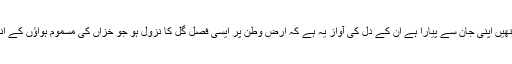
وطن کا ایک ایک ذرہ انھیں اپنی جان سے پیارا ہے ان کے دل کی آواز یہ ہے کہ ارض وطن پر ایسی فصل گل کا نزول ہو جو خزاں کی مسموم ہواؤں کے اندیشے سے بے نیاز ہو۔